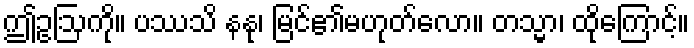
ဤဥဩကို။ ပဿသိ နနု၊ မြင်၏မဟုတ်လော။ တသ္မာ၊ ထိုကြောင့်။